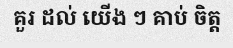
គួរ ដល់ យើង ៗ គាប់ ចិត្ត